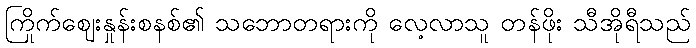
ကြိုက်ဈေးနှုန်းစနစ်၏ သဘောတရားကို လေ့လာသူ တန်ဖိုး သီအိုရီသည်